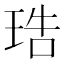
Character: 𤥢